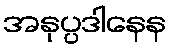
အနုပ္ပဒါနေန